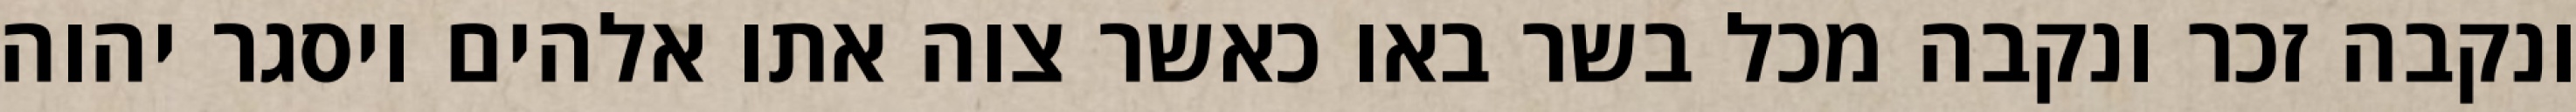
ונקבה זכר ונקבה מכל בשר באו כאשר צוה אתו אלהים ויסגר יהוה